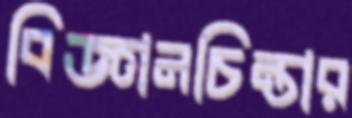
বিজ্ঞানচিন্তার